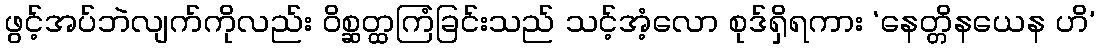
ဖွင့်အပ်ဘဲလျက်ကိုလည်း ဝိစ္ဆတ္ထကြံခြင်းသည် သင့်အံ့လော စုဒ်ရှိရကား ‘နေတ္တိနယေန ဟိ’